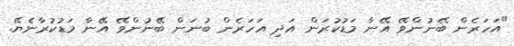
"އަހަރެން ބޭނުންވޭ އޭނާ މަޑުކުރަން އަދި އަހަރެން ބުނަން ބޭނުންވޭ އޭނާ މަޑުކުރާނެޔޭ.